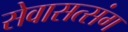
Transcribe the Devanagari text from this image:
सेवासत्संग